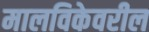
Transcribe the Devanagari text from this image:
मालविकेवरील